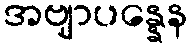
အဗျာပန္နေန